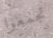
تجمعوا